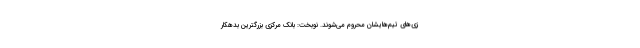
زی‌های تیم‌هایشان محروم می‌شوند. نوبخت: بانک مرکزی بزرگترین بدهکار